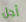
أجل